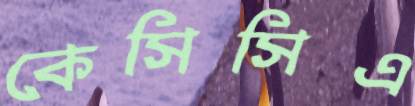
কেসিসিএ